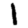
Digit: 1